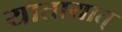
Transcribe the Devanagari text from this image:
यातायात्